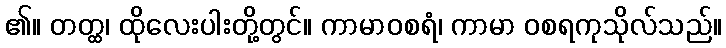
၏။ တတ္ထ၊ ထိုလေးပါးတို့တွင်။ ကာမာဝစရံ၊ ကာမာ ဝစရကုသိုလ်သည်။